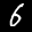
Label: 6